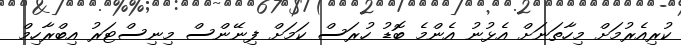
ކުރިއެރުމަށް މިހާތަނަށް އެޅުނު އެންމެ ބޮޑު ހުރަސް ކަމަށް ފިނޭންސް މިނިސްޓަރު އިބްރާހިމް